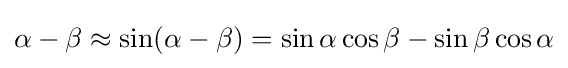
\alpha -\beta \approx \sin(\alpha -\beta )=\sin \alpha \cos \beta -\sin \beta \cos \alpha